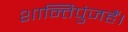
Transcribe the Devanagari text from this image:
शान्तिपुंजहैं।